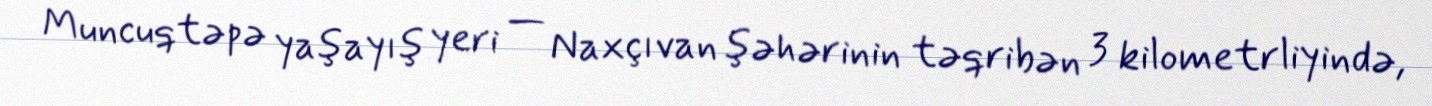
Muncuqtəpə yaşayış yeri — Naxçıvan şəhərinin təqribən 3 kilometrliyində,